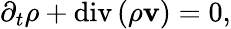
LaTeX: \begin{array}{r}{\partial_{t}\rho+\mathrm{div}\left(\rho\mathbf{v}\right)=0,}\end{array}